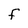
Character: F